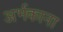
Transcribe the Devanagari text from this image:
अर्भकाना